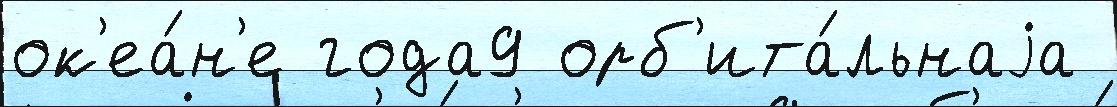
ок'еа́н'е года9 орб'ита́льнаjа